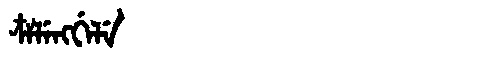
Manchu: ᠴᠶᠯᡝᠩᡤᡝᠯᡝ
Romanization: CYLENGGELE